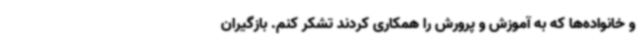
و خانواده‌ها که به آموزش و پرورش را همکاری کردند تشکر کنم. بازگیران